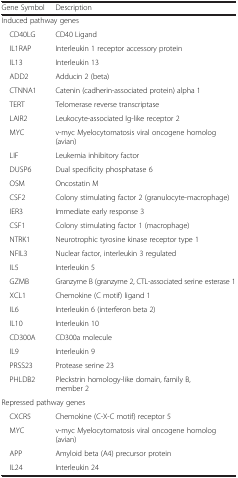
<table><thead><tr><td><b>Gene Symbol</b></td><td><b>Description</b></td></tr></thead><tbody><tr><td colspan="2">Induced pathway genes</td></tr><tr><td> CD40LG</td><td>CD40 Ligand</td></tr><tr><td> IL1RAP</td><td>Interleukin 1 receptor accessory protein</td></tr><tr><td> IL13</td><td>Interleukin 13</td></tr><tr><td> ADD2</td><td>Adducin 2 (beta)</td></tr><tr><td> CTNNA1</td><td>Catenin (cadherin-associated protein) alpha 1</td></tr><tr><td> TERT</td><td>Telomerase reverse transcriptase</td></tr><tr><td> LAIR2</td><td>Leukocyte-associated Ig-like receptor 2</td></tr><tr><td> MYC</td><td>v-myc Myelocytomatosis viral oncogene homolog (avian)</td></tr><tr><td> LIF</td><td>Leukemia inhibitory factor</td></tr><tr><td> DUSP6</td><td>Dual specificity phosphatase 6</td></tr><tr><td> OSM</td><td>Oncostatin M</td></tr><tr><td> CSF2</td><td>Colony stimulating factor 2 (granulocyte-macrophage)</td></tr><tr><td> IER3</td><td>Immediate early response 3</td></tr><tr><td> CSF1</td><td>Colony stimulating factor 1 (macrophage)</td></tr><tr><td> NTRK1</td><td>Neurotrophic tyrosine kinase receptor type 1</td></tr><tr><td> NFIL3</td><td>Nuclear factor, interleukin 3 regulated</td></tr><tr><td> IL5</td><td>Interleukin 5</td></tr><tr><td> GZMB</td><td>Granzyme B (granzyme 2, CTL-associated serine esterase 1</td></tr><tr><td> XCL1</td><td>Chemokine (C motif) ligand 1</td></tr><tr><td> IL6</td><td>Interleukin 6 (interferon beta 2)</td></tr><tr><td> IL10</td><td>Interleukin 10</td></tr><tr><td> CD300A</td><td>CD300a molecule</td></tr><tr><td> IL9</td><td>Interleukin 9</td></tr><tr><td> PRSS23</td><td>Protease serine 23</td></tr><tr><td> PHLDB2</td><td>Pleckstrin homology-like domain, family B, member 2</td></tr><tr><td colspan="2">Repressed pathway genes</td></tr><tr><td> CXCR5</td><td>Chemokine (C-X-C motif) receptor 5</td></tr><tr><td> MYC</td><td>v-myc Myelocytomatosis viral oncogene homolog (avian)</td></tr><tr><td> APP</td><td>Amyloid beta (A4) precursor protein</td></tr><tr><td> IL24</td><td>Interleukin 24</td></tr></tbody></table>